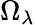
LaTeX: \Omega_{\lambda}